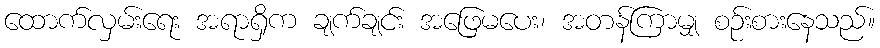
ထောက်လှမ်းရေး အရာရှိက ချက်ချင်း အဖြေမပေး၊ အတန်ကြာမျှ စဉ်းစားနေသည်။